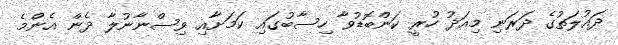
ދައުލަތުގެ ދަރަނި މިއަދު ހުރީ ކަންބޮޑުވާ ހިސާބުގައި ކަމަށާއި ވިސްނާނުލާ ދެން އެންމެ